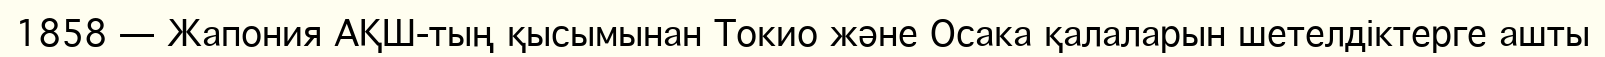
1858 — Жапония АҚШ-тың қысымынан Токио және Осака қалаларын шетелдіктерге ашты